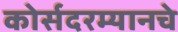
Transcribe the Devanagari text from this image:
कोर्सदरम्यानचे